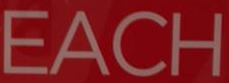
EACH